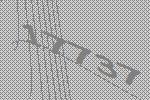
17737